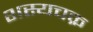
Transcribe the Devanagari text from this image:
शस्यचक्र